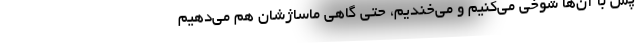
پس با آن‌ها شوخی می‌کنیم و می‌خندیم، حتی گاهی ماساژشان هم می‌دهیم